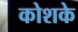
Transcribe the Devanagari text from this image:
कोशके